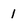
Character: 1